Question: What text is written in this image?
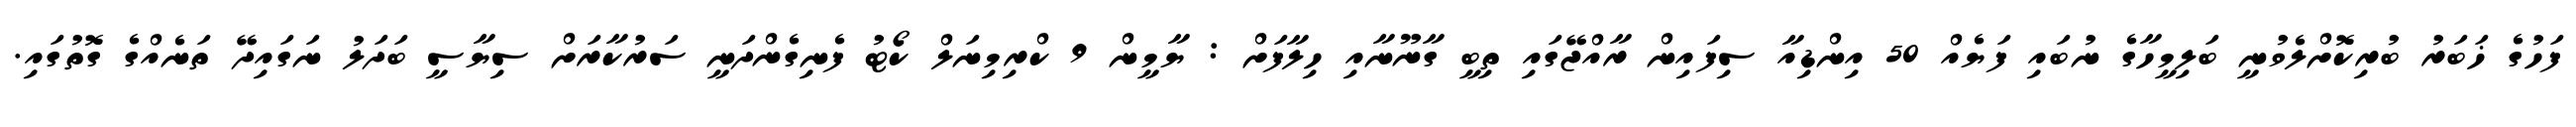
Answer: ފަހުގެ ޚަބަރު ބުރިކޮށްލެވުނީ ބަލިމީހާގެ ނުބައި ފަޔެއް 50 އިންޑިއާ ސިފައިން ރާއްޖޭގައި ތިބީ ގާނޫނާއި ހިލާފަށް : ޔާމީން 9 ކްރިމިނަލް ކޯޓު ފެނިގެންދަނީ ސަރުކާރަށް ސިޔާސީ ބަދަލު ނަގައިދޭ ތަނެއްގެ ގޮތުގައި.